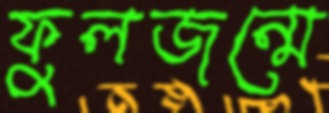
ফুলজন্মে